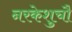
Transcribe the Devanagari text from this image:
नरकेशुचौ